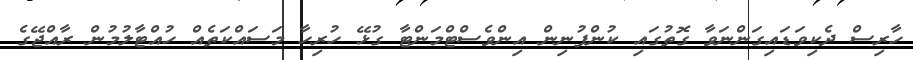
ހާރިސް ދެކިވަޑައިގަންނަވާ ގޮތުގައި ކުންފުނިން އިންވެސްޓްމަންޓާ ގުޅޭ ހުރިހާ މަސައްކަތެއް ހުއްޓާލުމުން ރާއްޖޭގެ